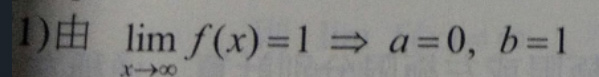
1)由 $\lim_{x\rightarrow\infty} f(x)=1\Rightarrow a = 0,\ b = 1$